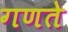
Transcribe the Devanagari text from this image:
गणते